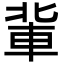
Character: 軰